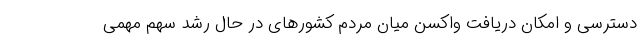
دسترسی و امکان دریافت واکسن میان مردم کشورهای در حال رشد سهم مهمی